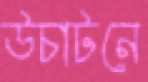
উচাটনে